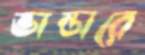
ভান্ডারে